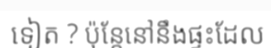
ទៀត ? ប៉ុន្តែនៅនឹងផ្ទះដែល